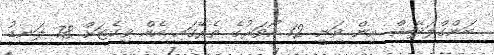
ބަންގްލަދޭޝް އިން ވަނީ 12 އޯވަރުގެ ތެރޭގައި އެއް ވިކެޓަށް 78 ލަނޑު